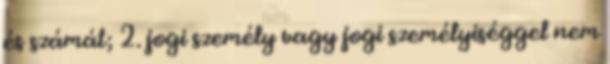
és számát; 2. jogi személy vagy jogi személyiséggel nem